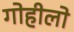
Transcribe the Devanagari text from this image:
गोहीलो